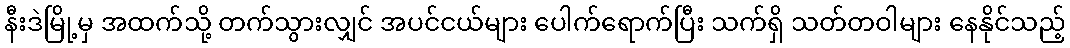
နီးဒဲမြို့မှ အထက်သို့ တက်သွားလျှင် အပင်ငယ်များ ပေါက်ရောက်ပြီး သက်ရှိ သတ်တဝါများ နေနိုင်သည့်